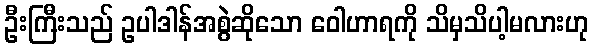
ဦးကြီးသည် ဥပါဒါန်အစွဲဆိုသော ဝေါဟာရကို သိမှသိပါ့မလားဟု